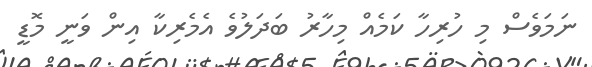
ނަމަވެސް މި ހުރިހާ ކަމެއް މިހާރު ބަދަލުވެ އެމެރިކާ އިން ވަނީ މޮޑީ